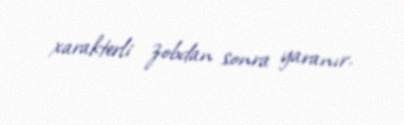
xarakterli zobdan sonra yaranır.